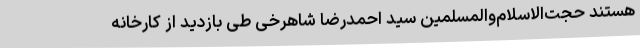
هستند حجت‌الاسلام‌والمسلمین سید احمدرضا شاهرخی طی بازدید از کارخانه